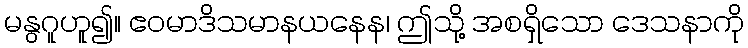
မနွဂူဟူ၍။ ဧဝမာဒိသမာနယနေန၊ ဤသို့ အစရှိသော ဒေသနာကို